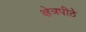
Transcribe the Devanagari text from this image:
क्षेत्रपीठे